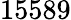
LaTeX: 15589